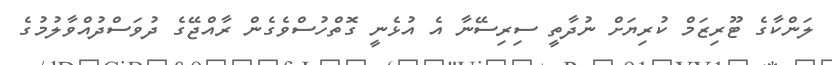
ލަންކާގެ ޓޫރިޒަމް ކުރިޔަށް ނުދާތީ ސިރިސޭނާ އެ އުޅެނީ ގޮތްހުސްވެގެން ރާއްޖޭގެ ދުވަސްދުއްވާލުމުގެ